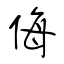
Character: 侮